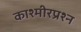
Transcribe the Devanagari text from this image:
काश्‍मीरप्रश्‍न